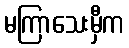
မကြာသေးမှီက